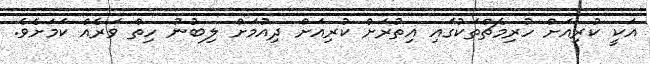
އަކީ ކުރިއަށް ހުރިމެޗްތަކުގައި އިތުރަށް ކުރިއަށް ދިއުމަށް ލިބުނު ހިތް ވަރެއް ކަމަށެވެ.